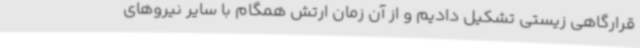
قرارگاهی زیستی تشکیل دادیم و از آن زمان ارتش همگام با سایر نیروهای